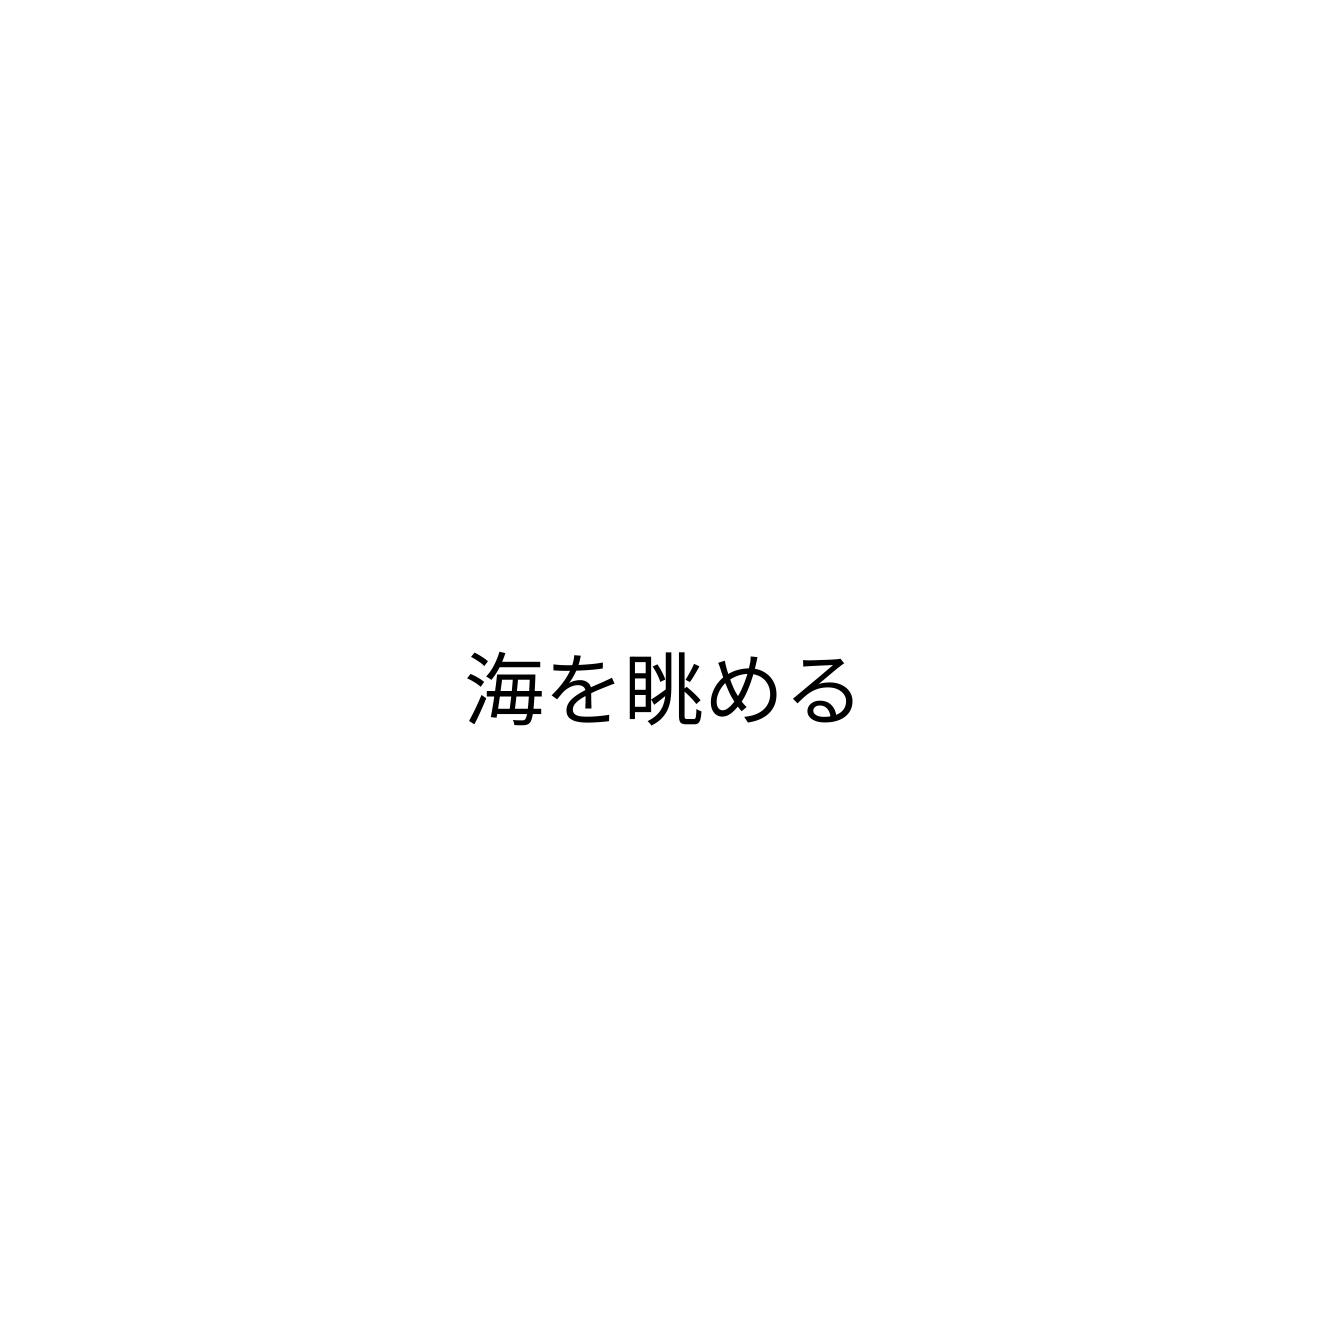
海を眺める